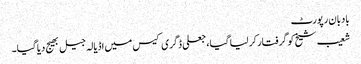
بادبان رپورٹ
شعیب شیخ کو گرفتار کر لیا گیا، جعلی ڈگری کیس میں اڈیالہ جیل بھیج دیا گیا۔